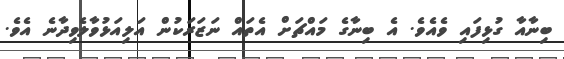
ބިނާއާ ގުޅިފައި ވެއެވެ. އެ ބިނާގެ މައްޗަށް އެތައް ނަޒަރަކުން އަލިއަޅުވާލެވިދާނެ އެވެ.